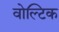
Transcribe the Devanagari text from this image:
वोल्टिक